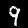
Digit: 9